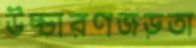
উচ্চারণজড়তা